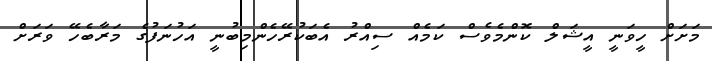
މަށަށް ހީވަނީ އީޝަލް ކޮންމެވެސް ކަމެއް ސިއްރު އެބަކުރޭހެންމިބުނީ އަހުނަފުގެ މަރާބެހޭ ވަރަށް